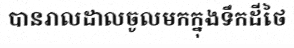
បានរាលដាលចូលមកក្នុងទឹកដីថៃ